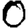
Digit: 0